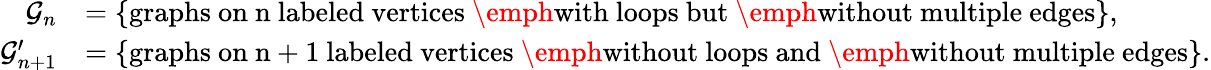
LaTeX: \begin{array}{rl}{\mathcal{G}_{n}}&{=\{ \mathrm{graphs~on~n~labeled~vertices~\emph{with}~loops~but~\emph{without}~multiple~edges}\} ,}\\ {\mathcal{G}_{n+1}^{\prime}}&{=\{ \mathrm{graphs~on~n+1~labeled~vertices~\emph{without}~loops~and~\emph{without}~multiple~edges}\} .}\end{array}